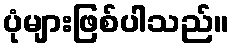
ပုံများဖြစ်ပါသည်။